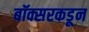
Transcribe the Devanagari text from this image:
बॉक्सरकडून